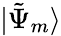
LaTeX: |{\tilde{\Psi}}_{m}\rangle